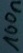
Text: 100n